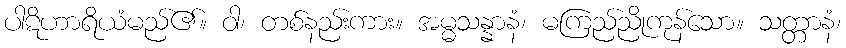
ပါဋိဟာရိယံမည်၏။ ဝါ၊ တစ်နည်းကား။ အမ္မသန္နာနံ၊ မကြည်ညိုကုန်သော။ သတ္တာနံ၊